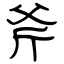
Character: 斧